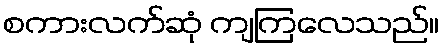
စကားလက်ဆုံ ကျကြလေသည်။